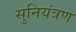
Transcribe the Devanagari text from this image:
सुनियंत्रण